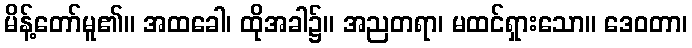
မိန့်တော်မူ၏။ အထခေါ၊ ထိုအခါ၌။ အညတရာ၊ မထင်ရှားသော။ ဒေဝတာ၊